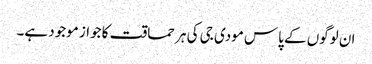
ان لوگوں کے پاس مودی جی کی ہر حماقت کا جواز موجود ہے۔